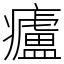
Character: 㿖